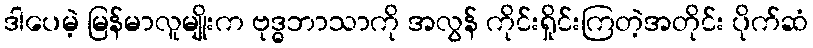
ဒါပေမဲ့ မြန်မာလူမျိုးက ဗုဒ္ဓဘာသာကို အလွန် ကိုင်းရှိုင်းကြတဲ့အတိုင်း ပိုက်ဆံ